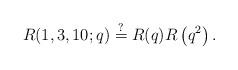
LaTeX: \begin{align*}R(1,3,10;q)\stackrel{?}{=}R(q)R\left(q^2\right).\end{align*}